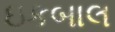
ઇકબાલ